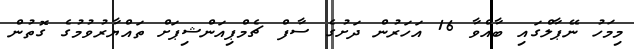
މިމަހު ނޭޕާލްގައި ބާއްވާ 16 އަހަރުން ދަށުގެ ސާފް ޗެމްޕިއަންޝިޕަށް ތައްޔާރުވުމުގެ ގޮތުން